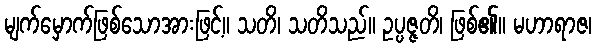
မျက်မှောက်ဖြစ်သောအားဖြင့်။ သတိ၊ သတိသည်။ ဥပ္ပဇ္ဇတိ၊ ဖြစ်၏။ မဟာရာဇ၊